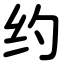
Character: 约